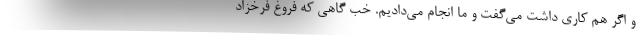
و اگر هم کاری داشت می‌گفت و ما انجام می‌دادیم. خب گاهی که فروغ فرخزاد